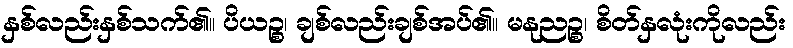
နှစ်လည်းနှစ်သက်၏။ ပိယဉ္စ၊ ချစ်လည်းချစ်အပ်၏။ မနုညဉ္စ၊ စိတ်နှလုံးကိုလည်း